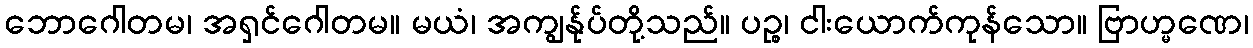
ဘောဂေါတမ၊ အရှင်ဂေါတမ။ မယံ၊ အကျွန်ုပ်တို့သည်။ ပဉ္စ၊ ငါးယောက်ကုန်သော။ ဗြာဟ္မဏေ၊